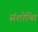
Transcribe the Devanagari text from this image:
संशोध्ति